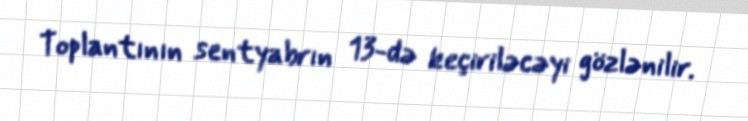
Toplantının sentyabrın 13-də keçiriləcəyi gözlənilir.